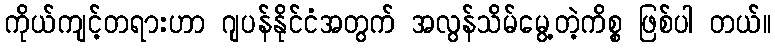
ကိုယ်ကျင့်တရားဟာ ဂျပန်နိုင်ငံအတွက် အလွန်သိမ်မွေ့တဲ့ကိစ္စ ဖြစ်ပါ တယ်။